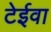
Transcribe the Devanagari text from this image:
टेईवा